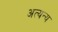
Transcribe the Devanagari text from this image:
अत्यन्य